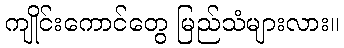
ကျိုင်းကောင်တွေ မြည်သံများလား။